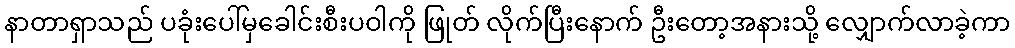
နာတာရှာသည် ပခုံးပေါ်မှခေါင်းစီးပဝါကို ဖြုတ် လိုက်ပြီးနောက် ဦးတော့အနားသို့ လျှောက်လာခဲ့ကာ